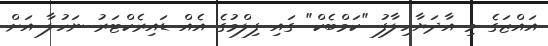
އައްޒަގެ މި އާދަޔާހިލާފު "ކަމްބެކް" ގައި ފިލްމުގެ އެއް ޑައިރެކްޓަރު ނަހުލާ އަށް